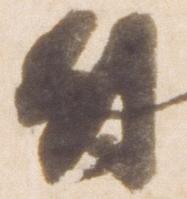
尉